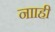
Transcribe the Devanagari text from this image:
नााही